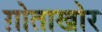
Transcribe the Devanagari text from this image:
ग़ोताखोर